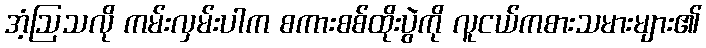
အံ့ဩသလို ကမ်းလှမ်းပါက စကားစစ်ထိုးပွဲကို လူငယ်ကစားသမားများ၏